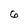
Character: 6